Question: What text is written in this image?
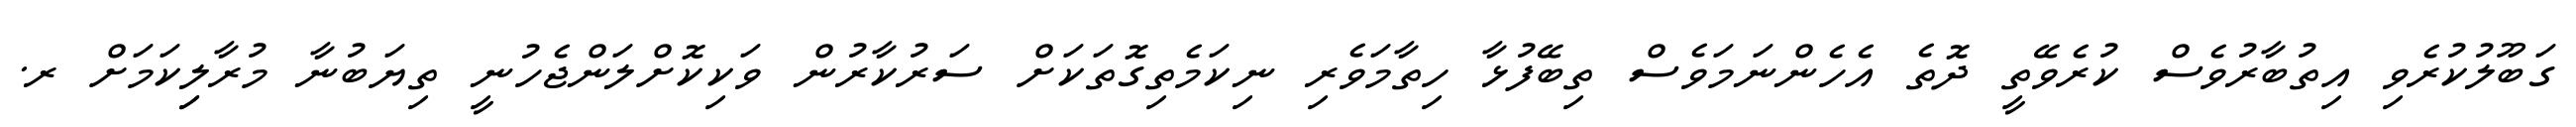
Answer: ގަބޫލުކުރެވި އިތުބާރުވެސް ކުރެވޭތީ ދޮތެ އެހެންނަމަވެސް ތިބޭފުޅާ ހިތާމަވެރި ނިކަމެތިގޮތަކަށް ސަރުކާރުން ވަކިކޮށްލަންޖެހުނީ ތިޔަބުނާ މުރާލިިކަމަށް ރ.